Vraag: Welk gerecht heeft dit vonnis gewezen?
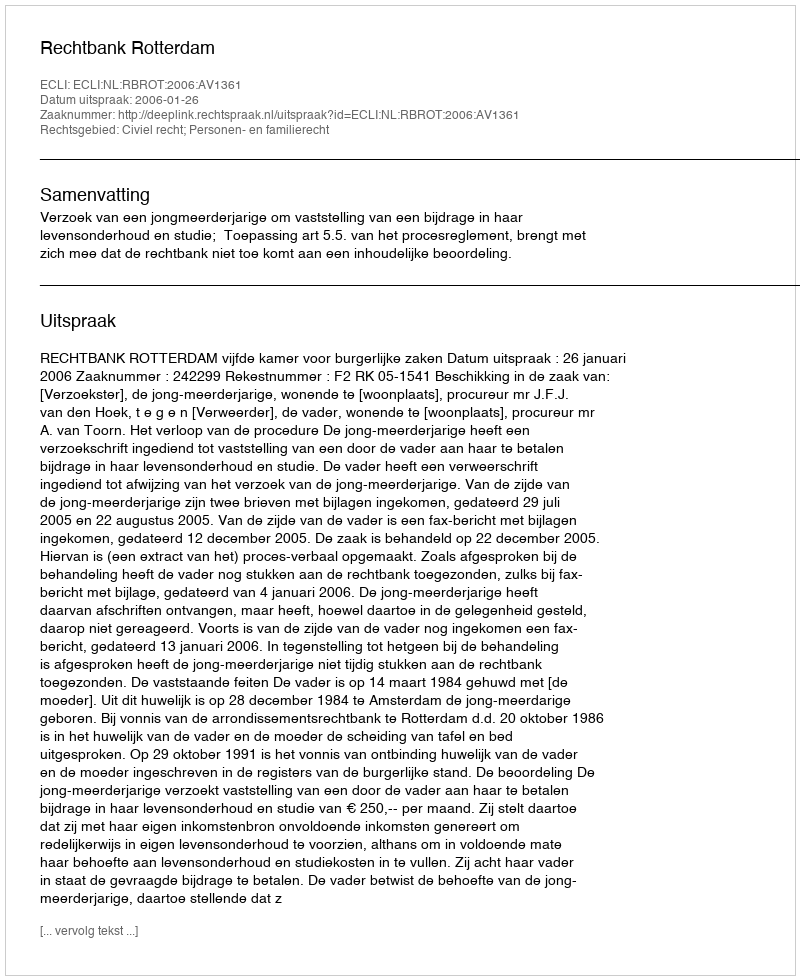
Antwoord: Rechtbank Rotterdam